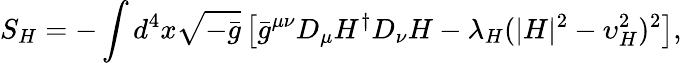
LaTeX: S_{H}=-\int d^{4}x\sqrt{-\bar{g}}\left[\bar{g}^{\mu\nu}D_{\mu}H^{\dagger}D_{\nu}H-\lambda_{H}(|H|^{2}-\upsilon_{H}^{2})^{2}\right],